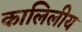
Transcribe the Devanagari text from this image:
कालिलीय